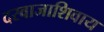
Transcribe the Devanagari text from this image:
दरवाजाशिवाय